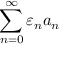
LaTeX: \sum _ { n = 0 } ^ { \infty } \varepsilon _ { n } a _ { n }